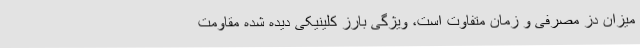
میزان دُز مصرفی و زمان متفاوت است، ویژگی بارز کلینیکی دیده شده مقاومت